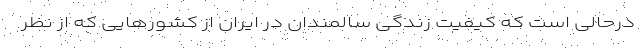
درحالی است که کیفیت زندگی سالمندان در ایران از کشورهایی که از نظر